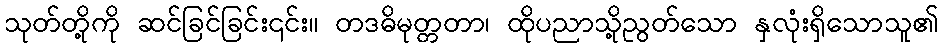
သုတ်တို့ကို ဆင်ခြင်ခြင်း၎င်း။ တဒဓိမုတ္တတာ၊ ထိုပညာသို့ညွတ်သော နှလုံးရှိသောသူ၏